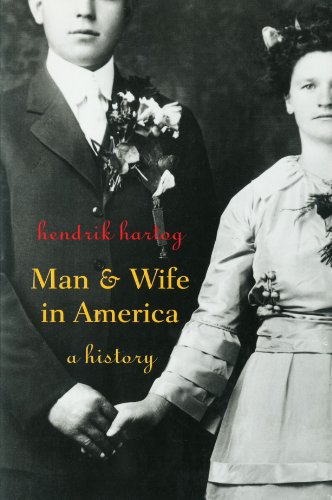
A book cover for Man and Wife in America: A History; Hendrik Hartog; Law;